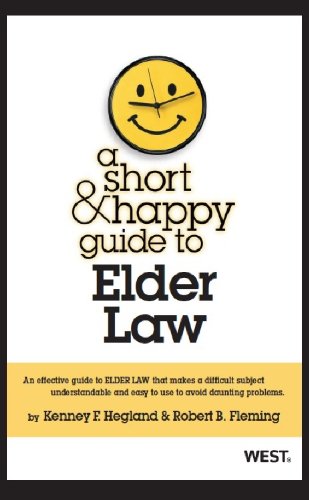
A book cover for A Short and Happy Guide to Elder Law (Short and Happy Series); Kenney Hegland; Law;